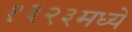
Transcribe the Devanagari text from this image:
१३२३मध्ये